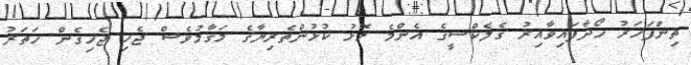
ތިންފަހަރު ހޯދާފައިވާއިރު ގެލެކްސީގެ އެންމެ މޮޅު ކުޅުންތެރިޔާގެ މަގާމުވެސް ޖެހި ޖެހިގެން ހަތަރު